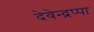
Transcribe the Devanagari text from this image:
देवेन्द्रप्पा